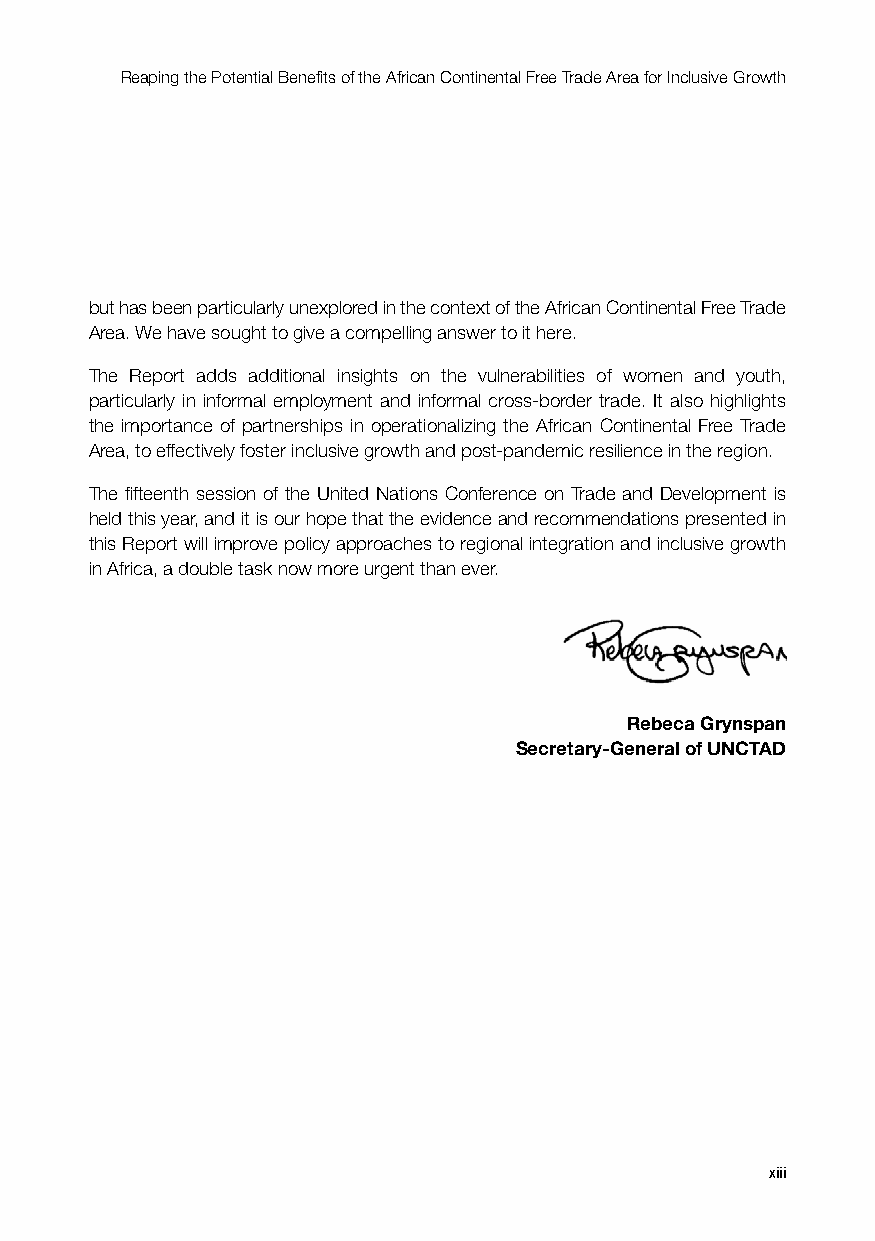
Reaping the Potential Benefits of the African Continental Free Trade Area for Inclusive Growth
 but has been particularly unexplored in the context of the African Continental Free Trade
 Area. We have sought to give a compelling answer to it here.
 The Report adds additional insights on the vulnerabilities of women and youth,
 particularly in informal employment and informal cross-border trade. It also highlights
 the importance of partnerships in operationalizing the African Continental Free Trade
 Area, to effectively foster inclusive growth and post-pandemic resilience in the region.
 The fifteenth session of the United Nations Conference on Trade and Development is
 held this year, and it is our hope that the evidence and recommendations presented in
 this Report will improve policy approaches to regional integration and inclusive growth
 in Africa, a double task now more urgent than ever.
 Rebeca Grynspan
 Secretary-General of UNCTAD
 xiii